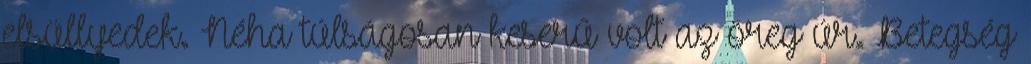
elsüllyedek. Néha túlságosan keserű volt az öreg úr. Betegség